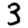
Digit: 3